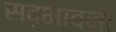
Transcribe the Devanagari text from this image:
सद़भावना